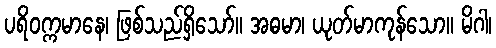
ပရိဝက္ကမာနေ၊ ဖြစ်သည်ရှိသော်။ အဓမာ၊ ယုတ်မာကုန်သော။ မိဂါ၊